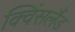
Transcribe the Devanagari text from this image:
क्विंसलैंड